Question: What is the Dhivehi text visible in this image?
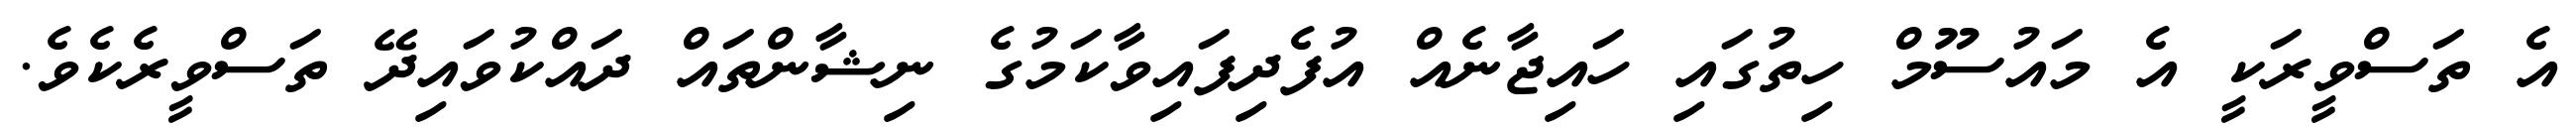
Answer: އެ ތަސްވީރަކީ އެ މައުސޫމް ހިތުގައި ހައިޖާނެއް އުފެދިފައިވާކަމުގެ ނިޝާންތައް ދައްކުވައިދޭ ތަސްވީރެކެވެ.